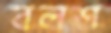
বলশ